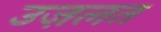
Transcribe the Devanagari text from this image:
उज़लत